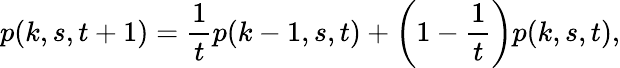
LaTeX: p(k,s,t+1)={\frac{1}{t}}p(k-1,s,t)+\left(1-{\frac{1}{t}}\right)p(k,s,t),